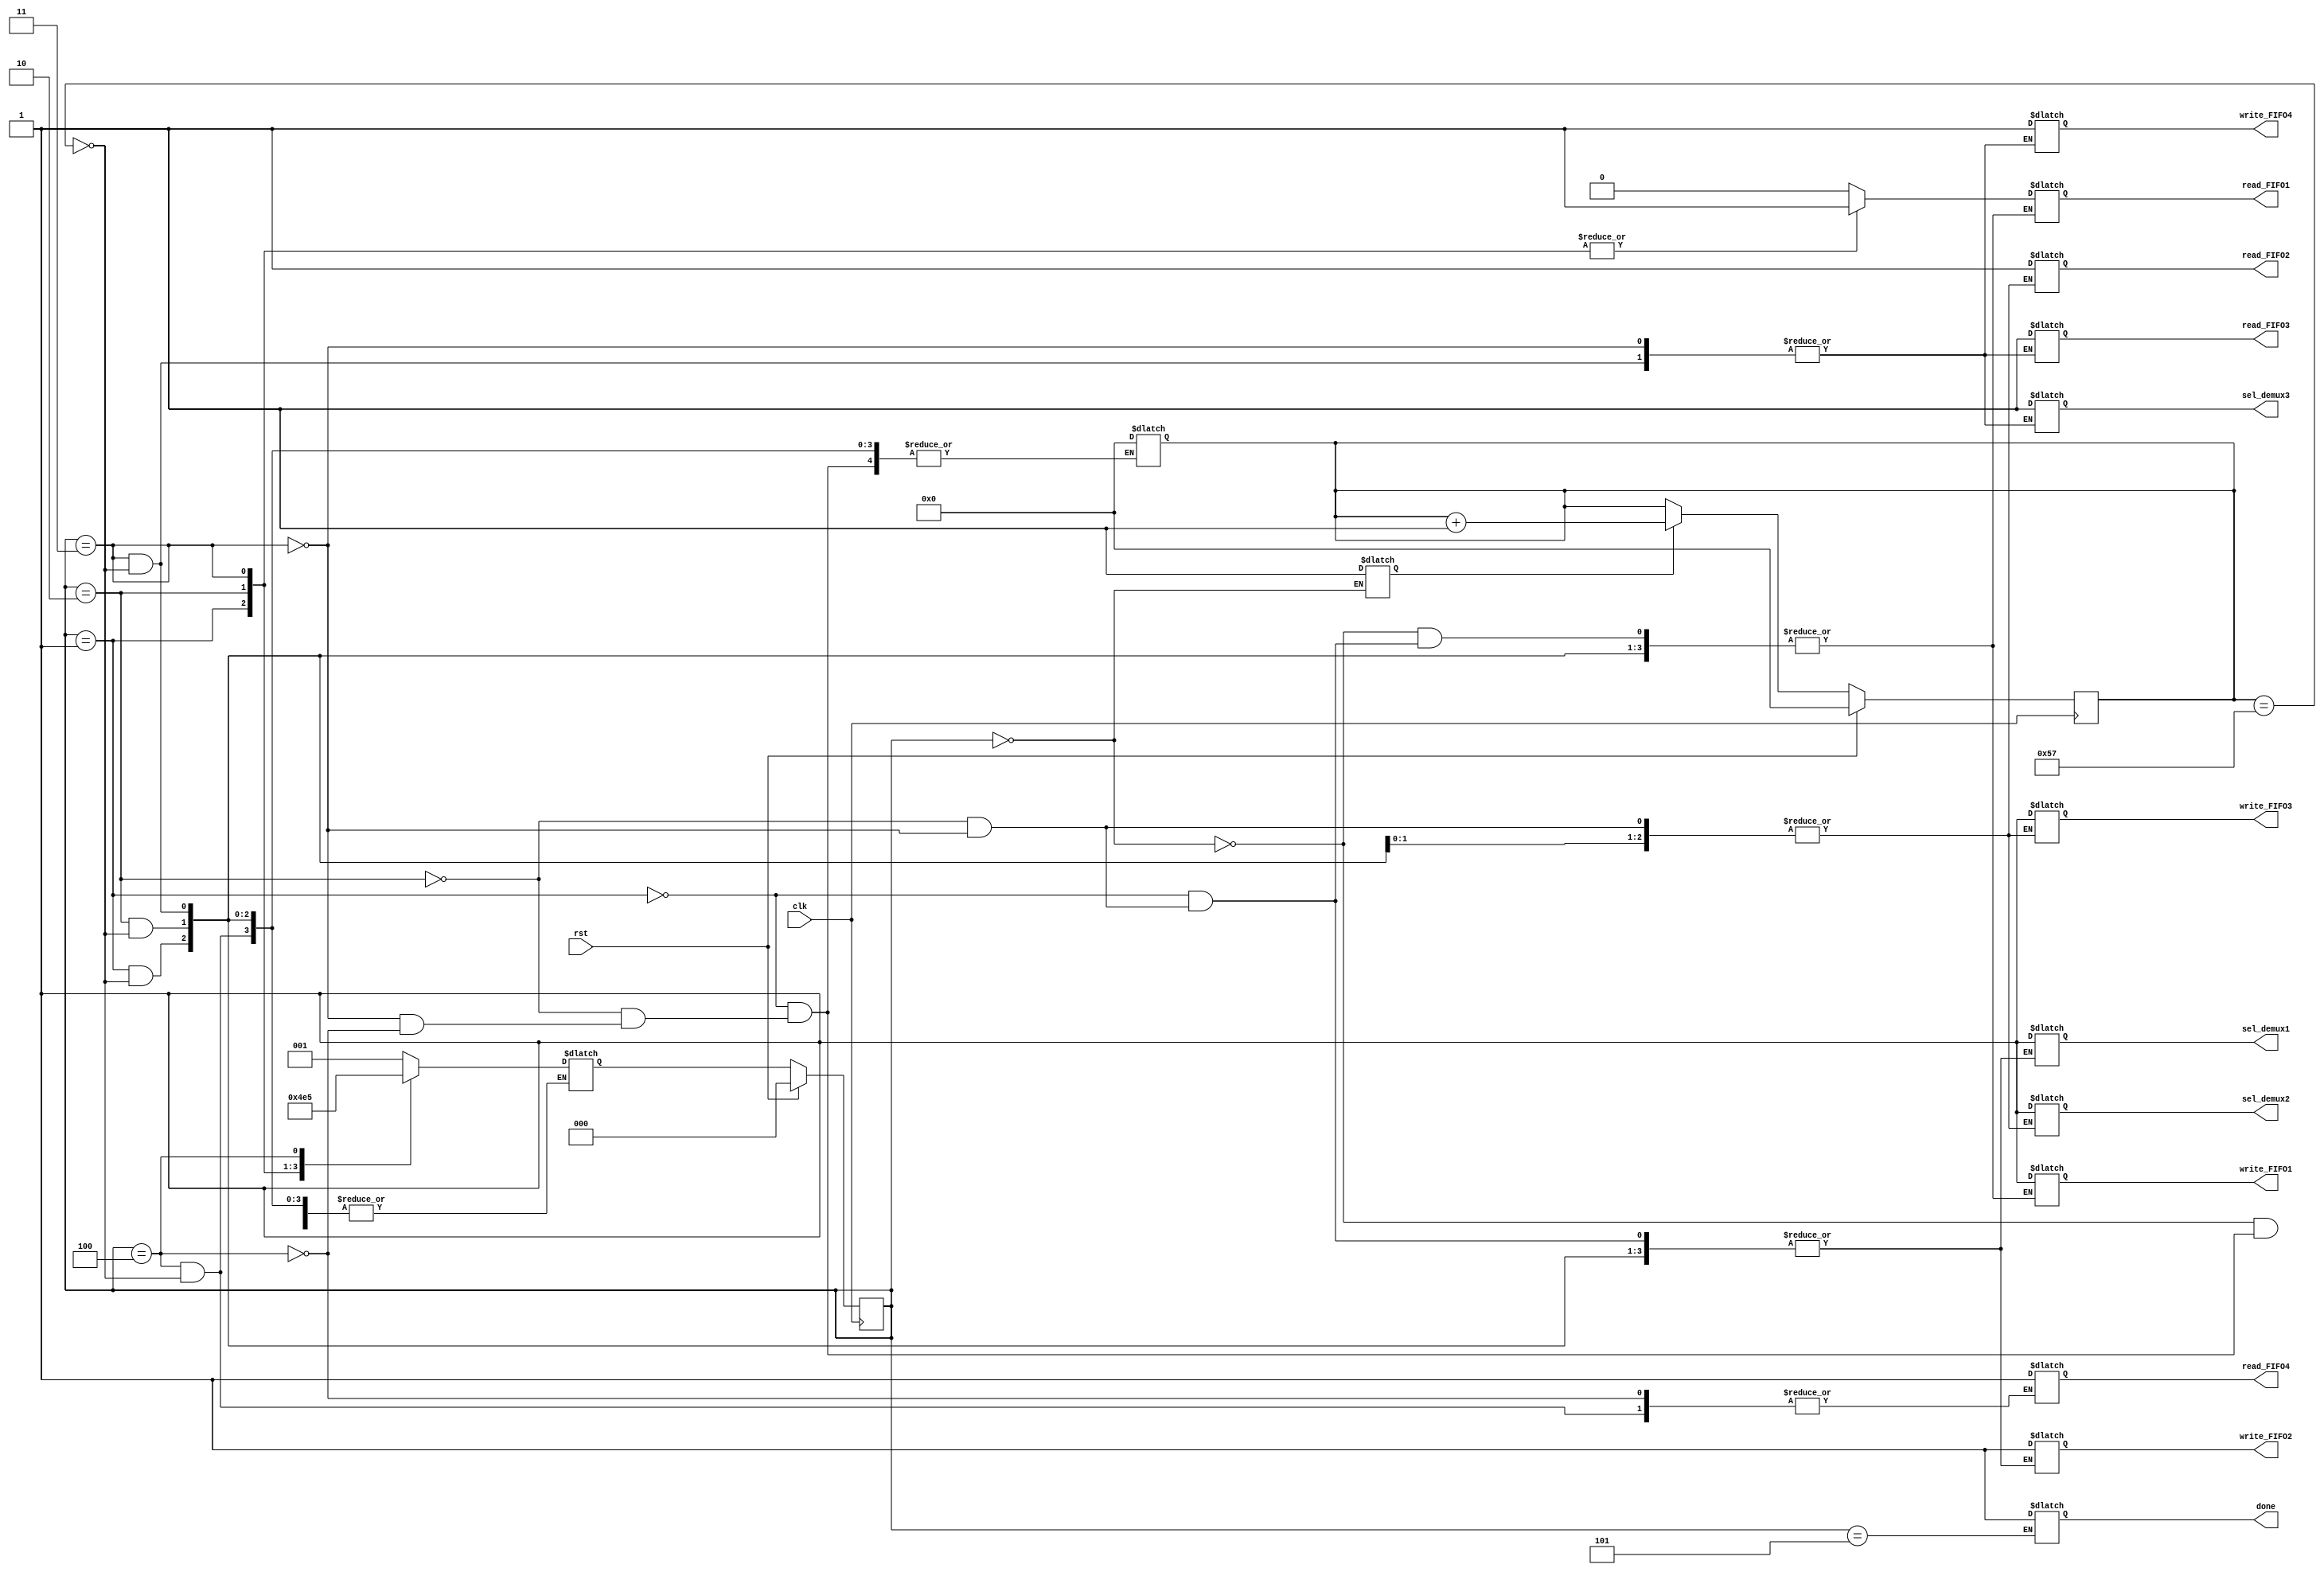
module Controller_Stage1( clk,
                          rst,
                          write_FIFO1,
                          write_FIFO2,
                          write_FIFO3,
                          write_FIFO4,
                          read_FIFO1,
                          read_FIFO2,
                          read_FIFO3,
                          read_FIFO4,
                          sel_demux1,
                          sel_demux2,
                          sel_demux3,
                          done
                        );

  input clk;
  input rst;
  output reg write_FIFO1;
  output reg write_FIFO2;
  output reg write_FIFO3;
  output reg write_FIFO4;
  output reg read_FIFO1;
  output reg read_FIFO2;
  output reg read_FIFO3;
  output reg read_FIFO4;
  output reg sel_demux1;
  output reg sel_demux2;
  output reg sel_demux3;
  output reg done;
  
  reg [2:0] CurrentState;
  reg [2:0] NextState;
  reg [6:0] count;
  reg en_count;
  
  
  `define IDLE  3'd0
  `define FIFO1 3'd1
  `define FIFO2 3'd2
  `define FIFO3 3'd3
  `define FIFO4 3'd4
  `define DONE  3'd5
  
  always@(posedge clk)
  begin
    if(rst)
      CurrentState <= `IDLE;
    else
      CurrentState <= NextState;
  end

  always@(posedge clk)
	begin
		if(rst)
			count <= 7'b0;
		else if(en_count)
			count <= count + 1'b1;
		else 
			count <= count;
	end
  
  always@(*)
  begin
    case(CurrentState)
      `IDLE :
        begin
          en_count    <= 1'b1;
          write_FIFO1 <= 1'b1;
          read_FIFO1  <= 1'b0;
          NextState   <= `FIFO1;
        end
      `FIFO1 :
       begin
          if(count == 7'd87)
          begin
            write_FIFO1 <= 1'b1;
            read_FIFO1  <= 1'b1;
            write_FIFO2 <= 1'b1;
            sel_demux1  <= 1'b1;
            count       <= 7'd0;
            NextState   <= `FIFO2;
          end
      end
      `FIFO2 :
        begin
          if(count == 7'd87)
          begin
            write_FIFO1 <= 1'b1;
            read_FIFO1  <= 1'b1;
            write_FIFO2 <= 1'b1;
            read_FIFO2  <= 1'b1;
            write_FIFO3 <= 1'b1;
            sel_demux1  <= 1'b1;
            sel_demux2  <= 1'b1;
            count       <= 7'd0;
            NextState   <= `FIFO3;
          end
        end
      `FIFO3 :
        begin
          if(count == 7'd87)
          begin  
            write_FIFO1 <= 1'b1;
            read_FIFO1  <= 1'b1;
            write_FIFO2 <= 1'b1;
            read_FIFO2  <= 1'b1;
            write_FIFO3 <= 1'b1;
            read_FIFO3  <= 1'b1;
            write_FIFO4 <= 1'b1;
            sel_demux1  <= 1'b1;
            sel_demux2  <= 1'b1;
            sel_demux3  <= 1'b1;
            count       <= 7'd0;
            NextState   <= `FIFO4;
          end
        end
      `FIFO4 :
        begin
          if(count == 7'd87)
          begin  
            count       <= 7'd0;
            read_FIFO4  <= 1'b1;
            NextState   <= `DONE;
          end
        end
      `DONE :
        done <= 1;
      default :
        NextState <= NextState;
    endcase
  end
endmodule